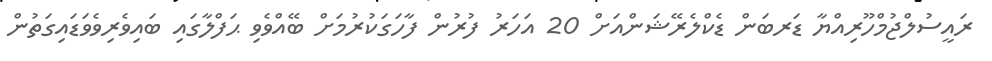
ރައީސުލްޖުމްހޫރިއްޔާ ޑަރބަން ޑެކްލެރޭޝަންއަށް 20 އަހަރު ފުރުން ފާހަގަކުރުމަށް ބޭއްވެވި ޙަފްލާގައި ބައިވެރިވެވަޑައިގަތުން